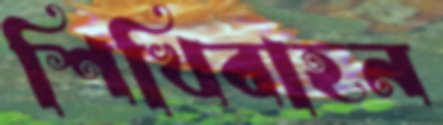
শিখিবাহন